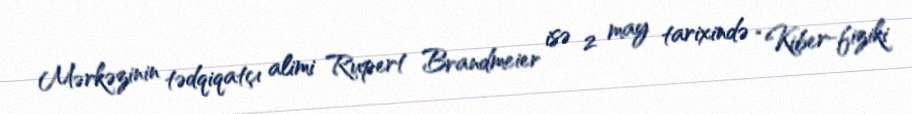
Mərkəzinin tədqiqatçı alimi Rupert Brandmeier isə 2 may tarixində “Kiber-fiziki